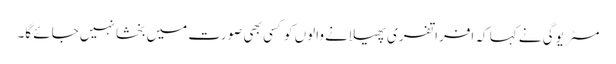
مسٹر یوگی نے کہا کہ افراتفری پھیلانے والوں کو کسی بھی صورت میں بخشا نہیں جائے گا۔